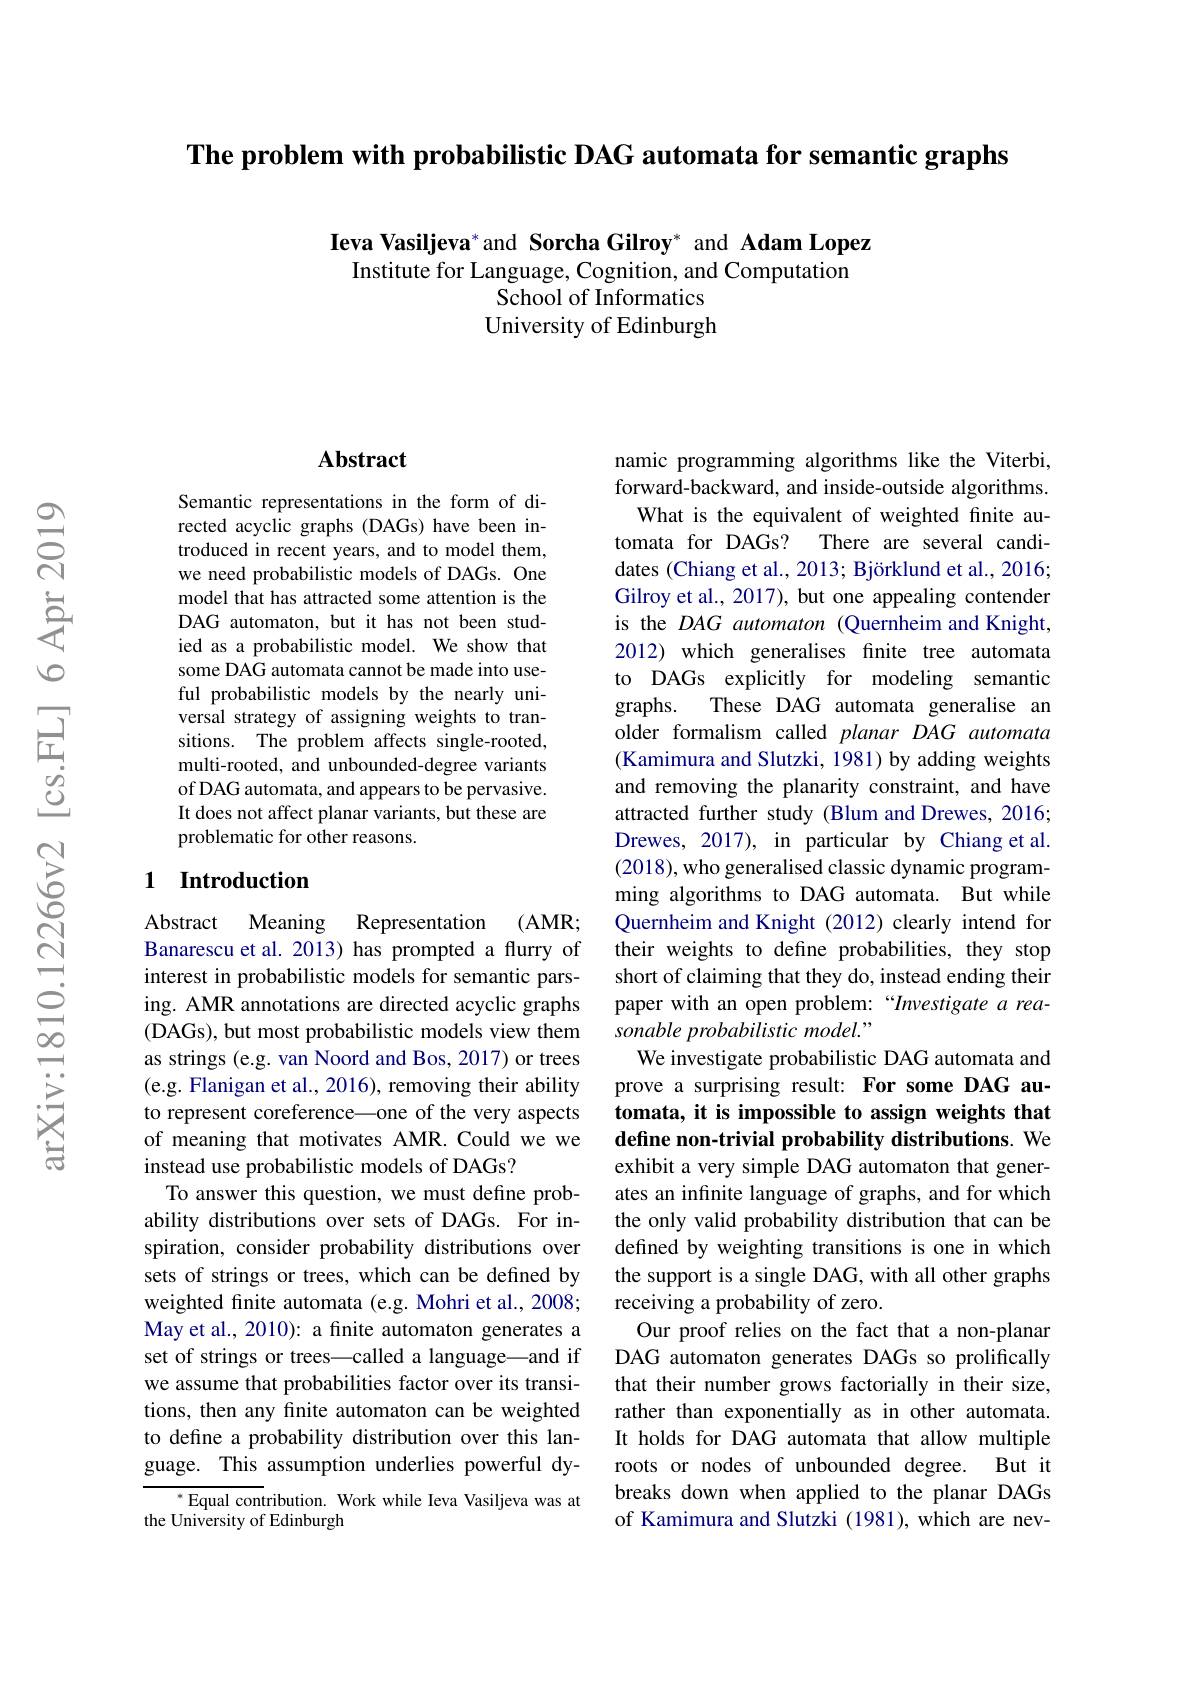
The problem with probabilistic DAG automata for semantic graphs

Ieva Vasiljeva* and Sorcha Gilroy* and Adam Lopez
Institute for Language, Cognition, and Computation
School of Informatics University of Edinburgh

## Abstract

Semantic representations in the form of directed acyclic graphs (DAGs) have been introduced in recent years, and to model them, we need probabilistic models of DAGs. One model that has attracted some attention is the DAG automaton, but it has not been studied as a probabilistic model. We show that some DAG automata cannot be made into useful probabilistic models by the nearly universal strategy of assigning weights to transitions. The problem affects single-rooted, multi-rooted, and unbounded-degree variants of DAG automata, and appears to be pervasive. It does not affect planar variants, but these are problematic for other reasons.

## 1 Introduction

(AMR;
Abstract Meaning
Representation
Banarescu et al. 2013) has prompted a flurry of interest in probabilistic models for semantic parsing. AMR annotations are directed acyclic graphs (DAGs), but most probabilistic models view them as strings (e.g. van Noord and Bos, 2017) or trees (e.g. Flanigan et al., 2016), removing their ability to represent coreference—one of the very aspects of meaning that motivates AMR.Could we we instead use probabilistic models of DAGs?
To answer this question, we must define probability distributions over sets of DAGs. For inspiration, consider probability distributions over sets of strings or trees, which can be defined by weighted fnite automata (e.g. Mohri et al., 2008; May et al., 2010): a finite automaton generates a set of strings or trees—called a language—and if we assume that probabilities factor over its transitions, then any finite automaton can be weighted to define a probability distribution over this language. This assumption underlies powerful dy-
$^*$Equal contribution. Work while Ieva Vasiljeva was at

## the University of Edinburgh

namic programming algorithms like the Viterbi, forward-backward, and inside-outside algorithms.
What is the equivalent of weighted finite automata for DAGs? There are several candidates (Chiang et al., 2013; Björklund et al., 2016; Gilroy et al., 2017), but one appealing contender is the $DAG$ automaton (Quernheim and Knight, 2012) which generalises finite tree automata to DAGs explicitly for modeling semantic graphs.
These DAG automata generalise an
older formalism called planar DAG automata (Kamimura and Slutzki, 1981) by adding weights and removing the planarity constraint, and have attracted further study (Blum and Drewes, 2016; Drewes, 2017), in particular by Chiang et al. (2018), who generalised classic dynamic programming algorithms to DAG automata. But while Quernheim and Knight (2012) clearly intend for their weights to define probabilities, they stop short of claiming that they do, instead ending their paper with an open problem:“Investigate a reasonable probabilistic model."
We investigate probabilistic DAG automata and prove a surprising result: For some DAG automata, it is impossible to assign weights that define non-trivial probability distributions. We exhibit a very simple DAG automaton that generates an infinite language of graphs, and for which the only valid probability distribution that can be defined by weighting transitions is one in which the support is a single DAG, with all other graphs receiving a probability of zero.
Our proof relies on the fact that a non-planar DAG automaton generates DAGs so prolifically that their number grows factorially in their size, rather than exponentially as in other automata. It holds for DAG automata that allow multiple roots or nodes of unbounded degree. But it breaks down when applied to the planar DAGs of Kamimura and Slutzki (1981), which are nev-